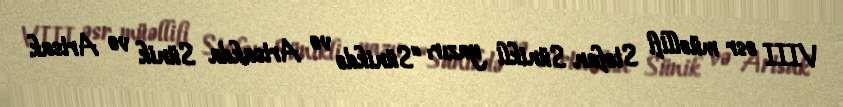
VIII əsr müəllifi Stefan Sünikli yazır: “Sünikdə və Artsakda Sünik və Artsak